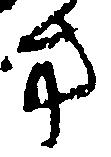
方